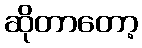
ဆိုတာတော့